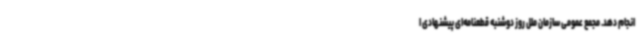
انجام دهد. مجمع عمومی سازمان ملل روز دوشنبه قطعنامه‌ای پیشنهادی ا